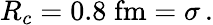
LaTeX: R_{c}=0.8\; \mathrm{fm}=\sigma\, .